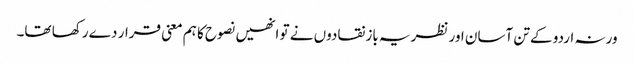
ورنہ اردو کے تن آسان اور نظریہ باز نقادوں نے تو انھیں نصوح کا ہم معنی قرار دے رکھا تھا۔